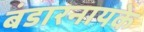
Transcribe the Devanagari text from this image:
बंडारनायके